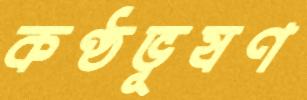
কণ্ঠভূষণ